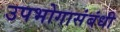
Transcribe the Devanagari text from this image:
उपभोगासंबंधी